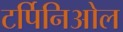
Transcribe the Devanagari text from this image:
टर्पिनिओल